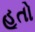
હૂતો